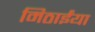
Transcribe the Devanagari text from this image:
मिठाईंया